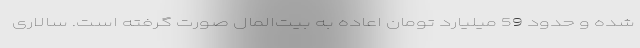
شده و حدود 59 میلیارد تومان اعاده به بیت‌المال صورت گرفته است. سالاری